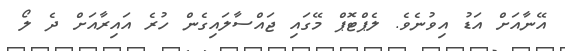
އޭނާއަށް އަޑު އިވުނެވެ. ލެޕްޓޮޕް މޭގައި ޖައްސާލައިގެން ހުރެ އައިރާއަށް ދެ ލޯ